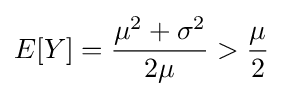
E[Y]={\frac {\mu ^{2}+\sigma ^{2}}{2\mu }}>{\frac {\mu }{2}}